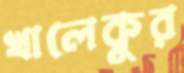
খালেকুর